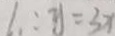
l _ { 1 } : y = 3 x